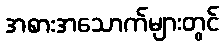
အစားအသောက်များတွင်